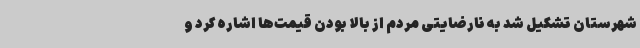
شهرستان تشکیل شد به نارضایتی مردم از بالا بودن قیمت‌ها اشاره کرد و